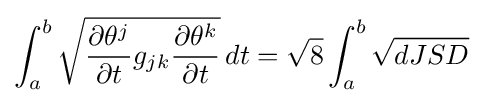
\int _{a}^{b}{\sqrt {{\frac {\partial \theta ^{j}}{\partial t}}g_{jk}{\frac {\partial \theta ^{k}}{\partial t}}}}\,dt={\sqrt {8}}\int _{a}^{b}{\sqrt {dJSD}}